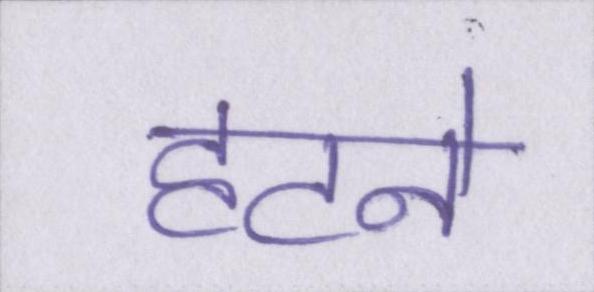
हटने